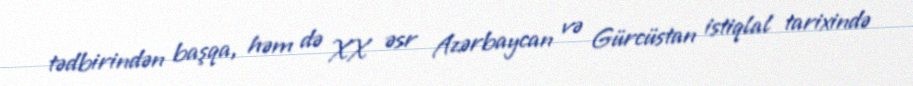
tədbirindən başqa, həm də XX əsr Azərbaycan və Gürcüstan istiqlal tarixində